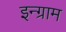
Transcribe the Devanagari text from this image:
इन्ग्राम